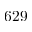
6 2 9